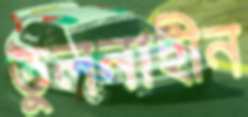
তুলনাহীন